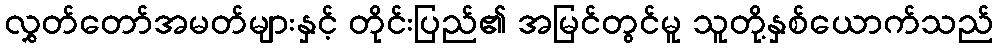
လွှတ်တော်အမတ်များနှင့် တိုင်းပြည်၏ အမြင်တွင်မူ သူတို့နှစ်ယောက်သည်